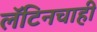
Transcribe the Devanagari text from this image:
लॅटिनचाही